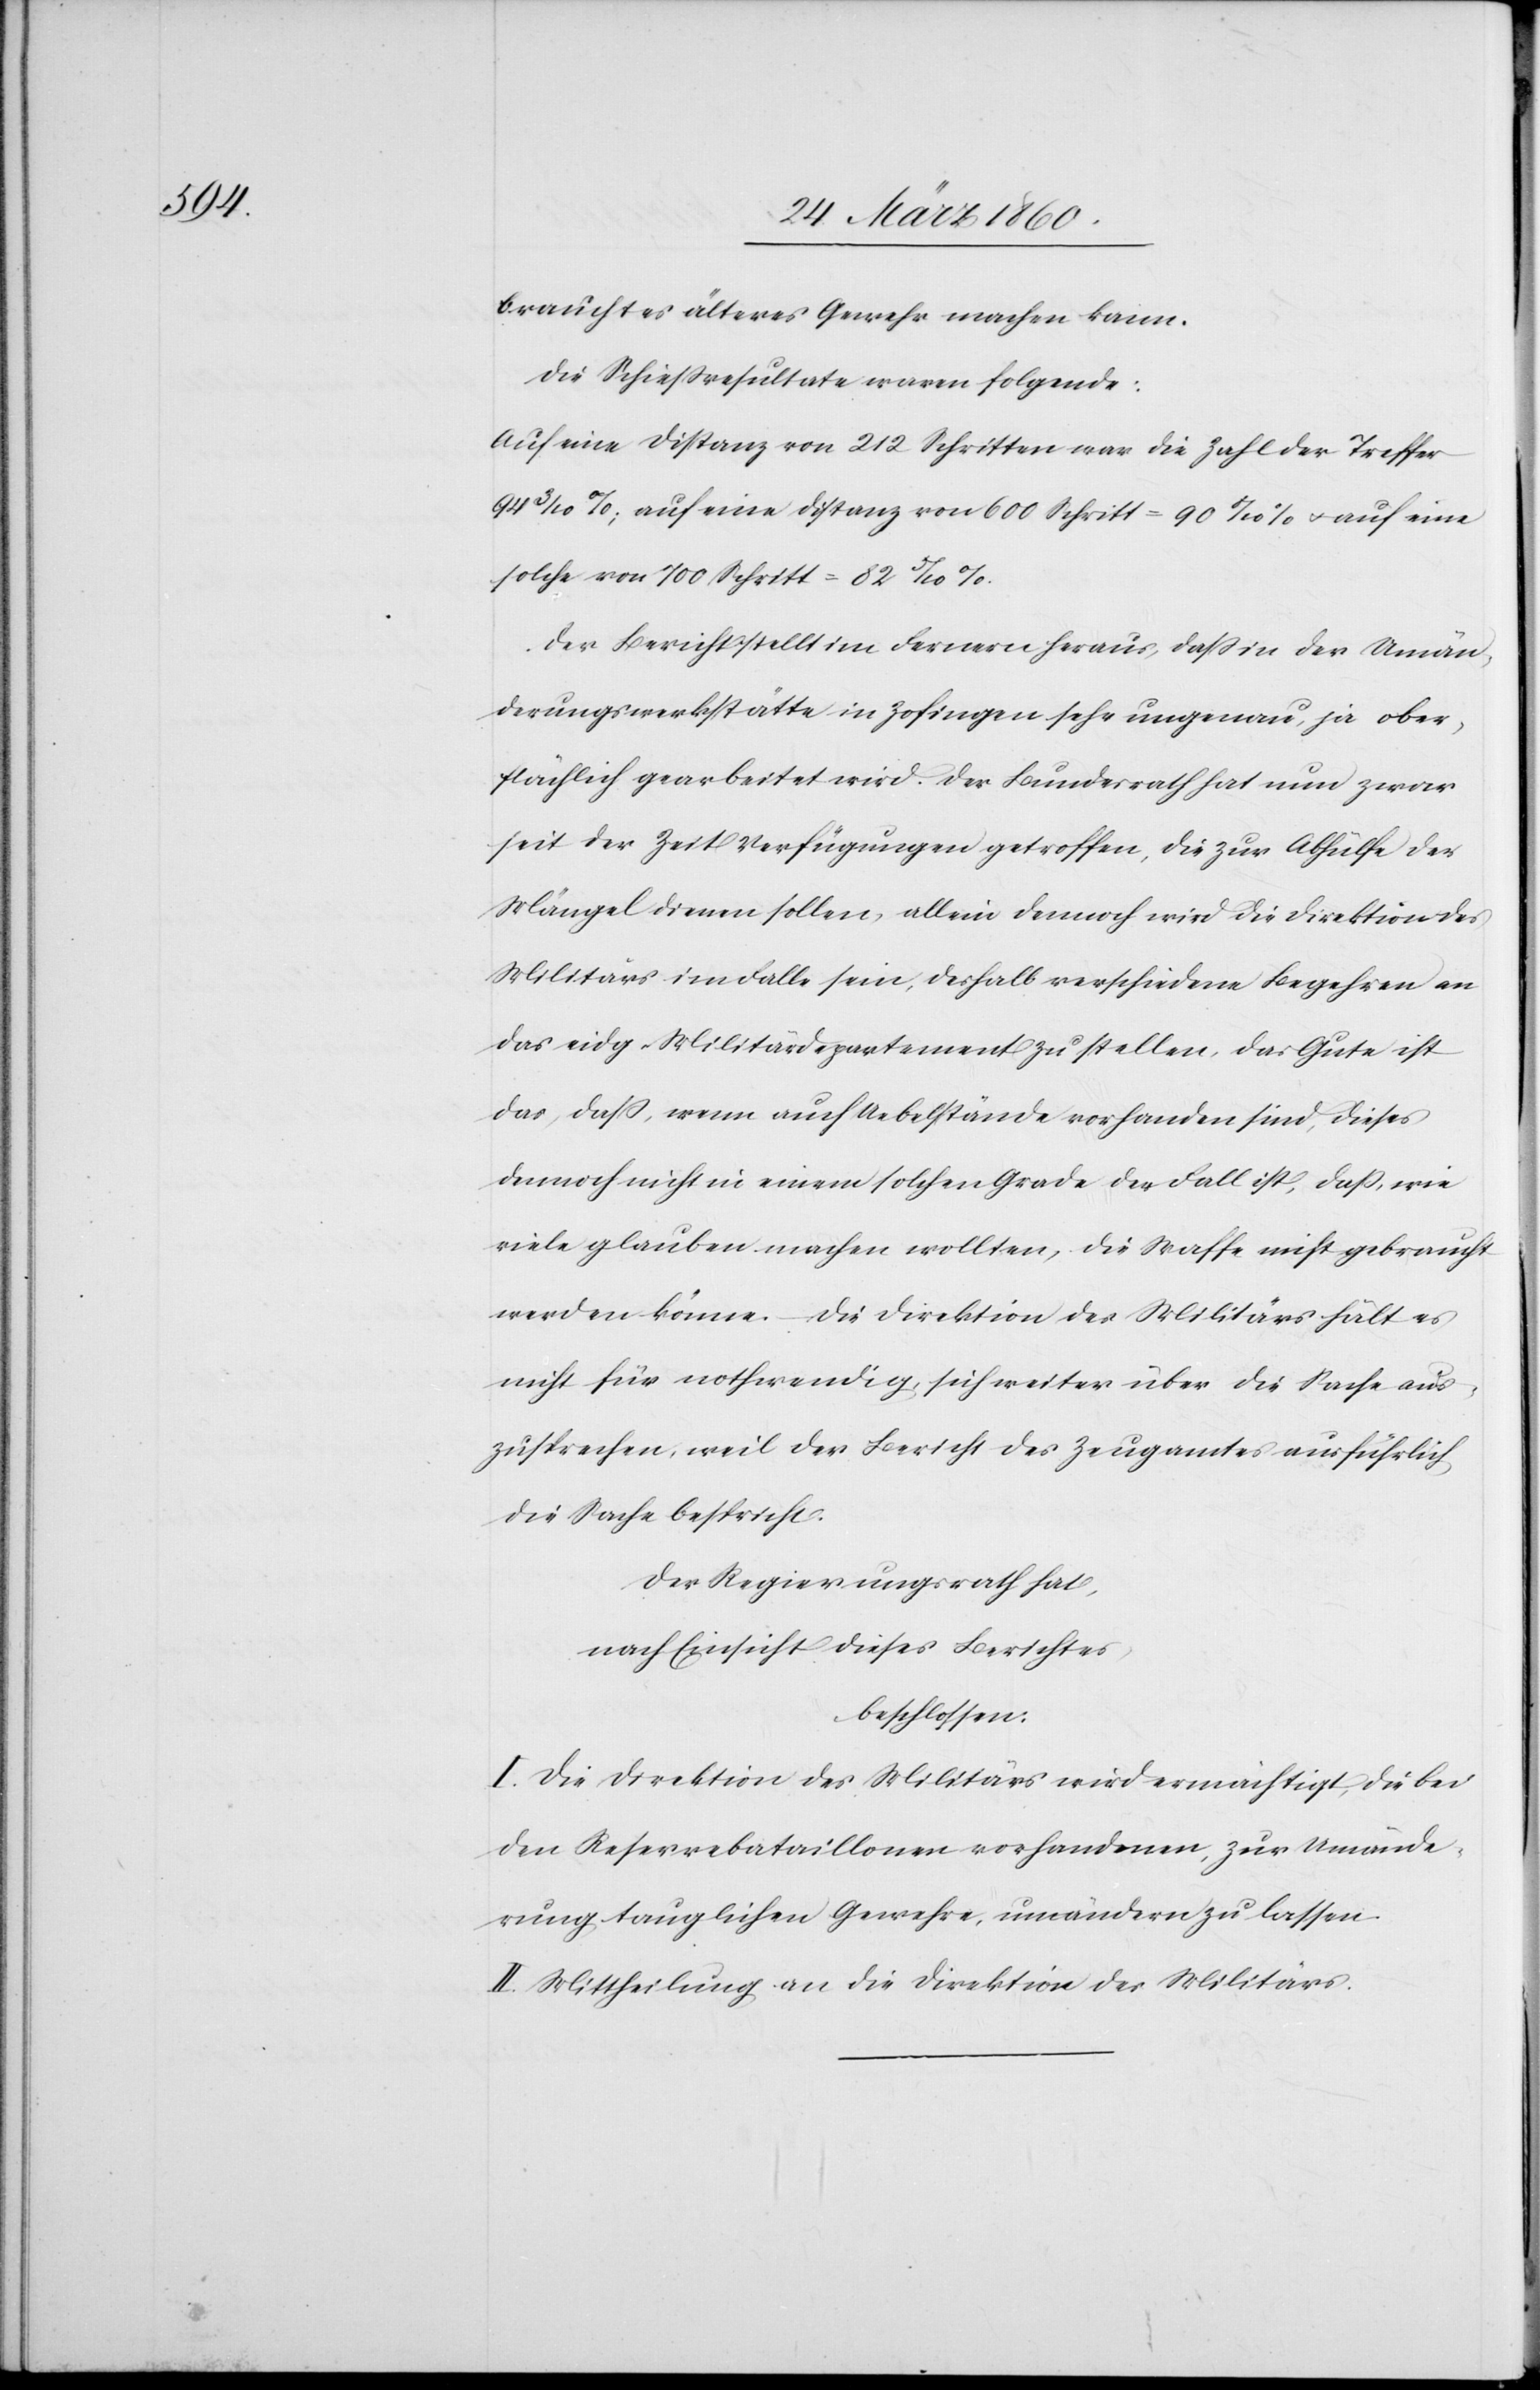
brauchtes älteres Gewehr machen kann.
Die Schiessresultate waren folgende:
Auf eine Distanz von 212 Schritten war die Zahl der Treffer
94 3/10%; auf eine Distanz von 600 Schritt=90 8/10% u. auf eine
solche von 700 Schritt=82 5/10%
Der Bericht stellt im Fernern heraus, dass in der Umän¬
derungswerkstätte in Zofingen sehr ungenau, ja ober¬
flächlich gearbeitet wird. Der Bundesrath hat nun zwar
seit der Zeit Verfügungen getroffen, die zur Abhülfe der
Mängel dienen sollen, allein dennoch wird die Direktion des
Militärs im Falle sein, deshalb verschiedene Begehren an
das eidg. Militärdepartement zu stellen, das Gute ist
das, dass, wenn auch Uebelstände vorhanden sind, dieses
dennoch nicht in einem solchen Grade der Fall ist, dass, wie
viele glauben machen wollten, die Waffe nicht gebraucht
werden könne. – Die Direktion des Militärs hält es
nicht für nothwendig, sich weiter über die Sache aus¬
zusprechen, weil der Beicht des Zeugamtes ausführlich
die Sache bespricht.
Der Regierungsrath hat,
nach Einsicht dieses Berichtes
beschlossen:
I. Die Direktion des Militärs wird ermächtigt, die bei
den Reservebataillonen vorhandenen, zur Umände¬
rung tauglichen Gewehre, umändern zu lassen.
II. Mittheilung an die Direktion des Militärs.